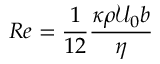
R e = \frac { 1 } { 1 2 } \frac { \kappa \rho \mathcal { U } _ { 0 } b } { \eta }